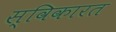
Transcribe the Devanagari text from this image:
स्विकारत